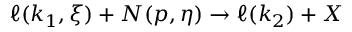
\ell ( k _ { 1 } , \xi ) + N ( p , \eta ) \rightarrow \ell ( k _ { 2 } ) + X